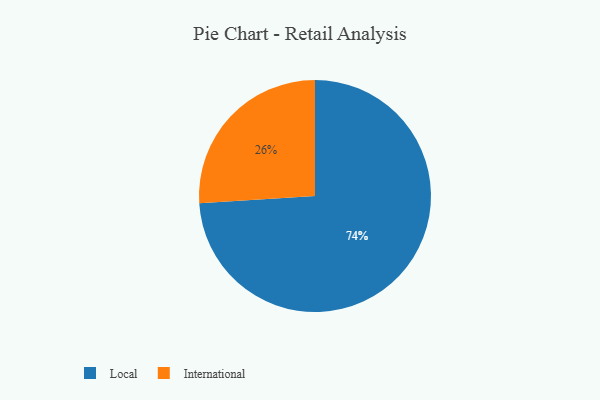
{"axis": {"x": "Category", "y": "Percentage"}, "legend": ["International", "Local"], "data": [{"x": "Local", "y": 74, "type": "Local"}, {"x": "International", "y": 26, "type": "International"}]}